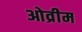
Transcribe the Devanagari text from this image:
ओव्रीम